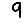
Digit: 9